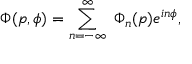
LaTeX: \Phi ( p , \phi ) = \sum _ { n = - \infty } ^ { \infty } \ \Phi _ { n } ( p ) e ^ { i n \phi } ,